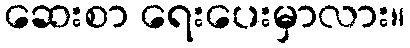
ဆေးစာ ရေးပေးမှာလား။